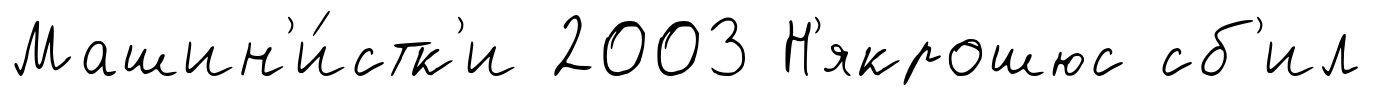
Машин'и́стк'и 2003 Н'якрошюс сб'ил